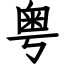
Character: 粤